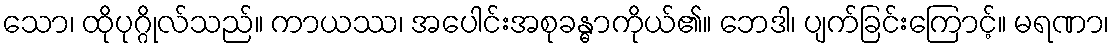
သော၊ ထိုပုဂ္ဂိုလ်သည်။ ကာယဿ၊ အပေါင်းအစုခန္ဓာကိုယ်၏။ ဘေဒါ၊ ပျက်ခြင်းကြောင့်။ မရဏာ၊